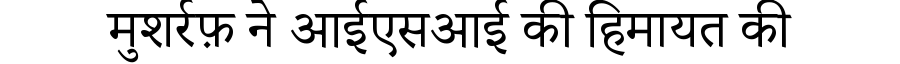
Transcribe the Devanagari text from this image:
मुशर्रफ़ ने आईएसआई की हिमायत की